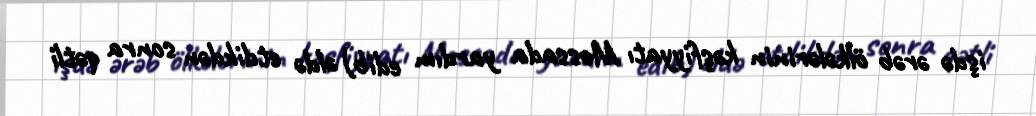
işdə ərəb ölkələrinin kəşfiyyatı Mossada yardım edib) əldə etdikdən sonra qətli